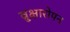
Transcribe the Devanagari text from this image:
व्रुक्षारोपन